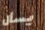
يسأل